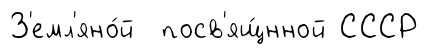
З'емл'яно́й посв'ящ́нной СССР